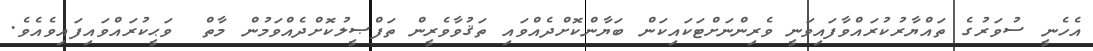
އެހެނީ ސުވަރުގެ ތައްޔާރުކުރައްވާފައިވަނީ ވެރިންނަށްޓަކައިކަން ބަޔާންކޮށްދެއްވައި ތަޤުވާވެރީން ތަފްޞީލުކޮށްދެއްވަމުން މާތް  ވަޙީކުރައްވައިފައިވެއެވެ.